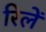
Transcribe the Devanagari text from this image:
रिलें